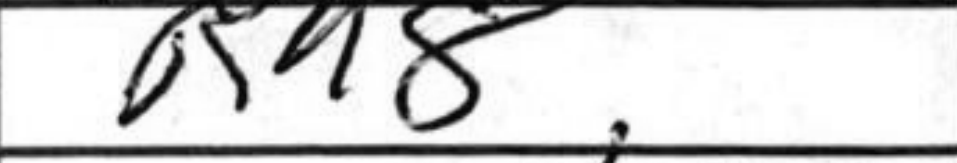
Transcription: Rh8